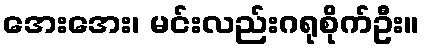
အေးအေး၊ မင်းလည်းဂရုစိုက်ဦး။